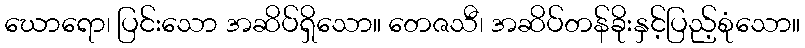
ဃောရော၊ ပြင်းသော အဆိပ်ရှိသော။ တေဇသီ၊ အဆိပ်တန်ခိုးနှင့်ပြည့်စုံသော။